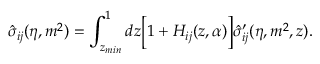
\hat { \sigma } _ { i j } ( \eta , m ^ { 2 } ) = \int _ { z _ { m i n } } ^ { 1 } d z \biggl [ 1 + { \cal H } _ { i j } ( z , \alpha ) \biggr ] \hat { \sigma } _ { i j } ^ { \prime } ( \eta , m ^ { 2 } , z ) .